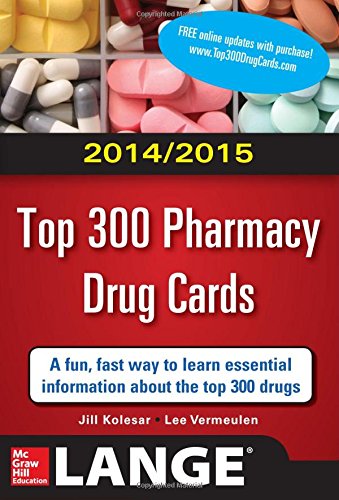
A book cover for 2014-2015 Top 300 Pharmacy Drug Cards; Jill M. Kolesar; Medical Books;